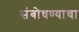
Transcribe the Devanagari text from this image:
संबोधण्याचा